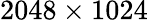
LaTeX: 2048\times 1024